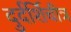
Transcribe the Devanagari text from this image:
दुर्दर्शिचीत्र